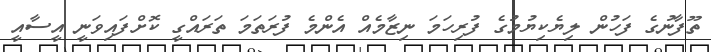
ތޫފާނުގެ ފަހުން ލިޔެކިޔުމުގެ ފުރިހަމަ ނިޒާމެއް އެންމެ ފުރަތަމަ ތަރައްގީ ކޮށްފައިވަނީ އީސާއީ